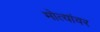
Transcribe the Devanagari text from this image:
मोत्यांवर